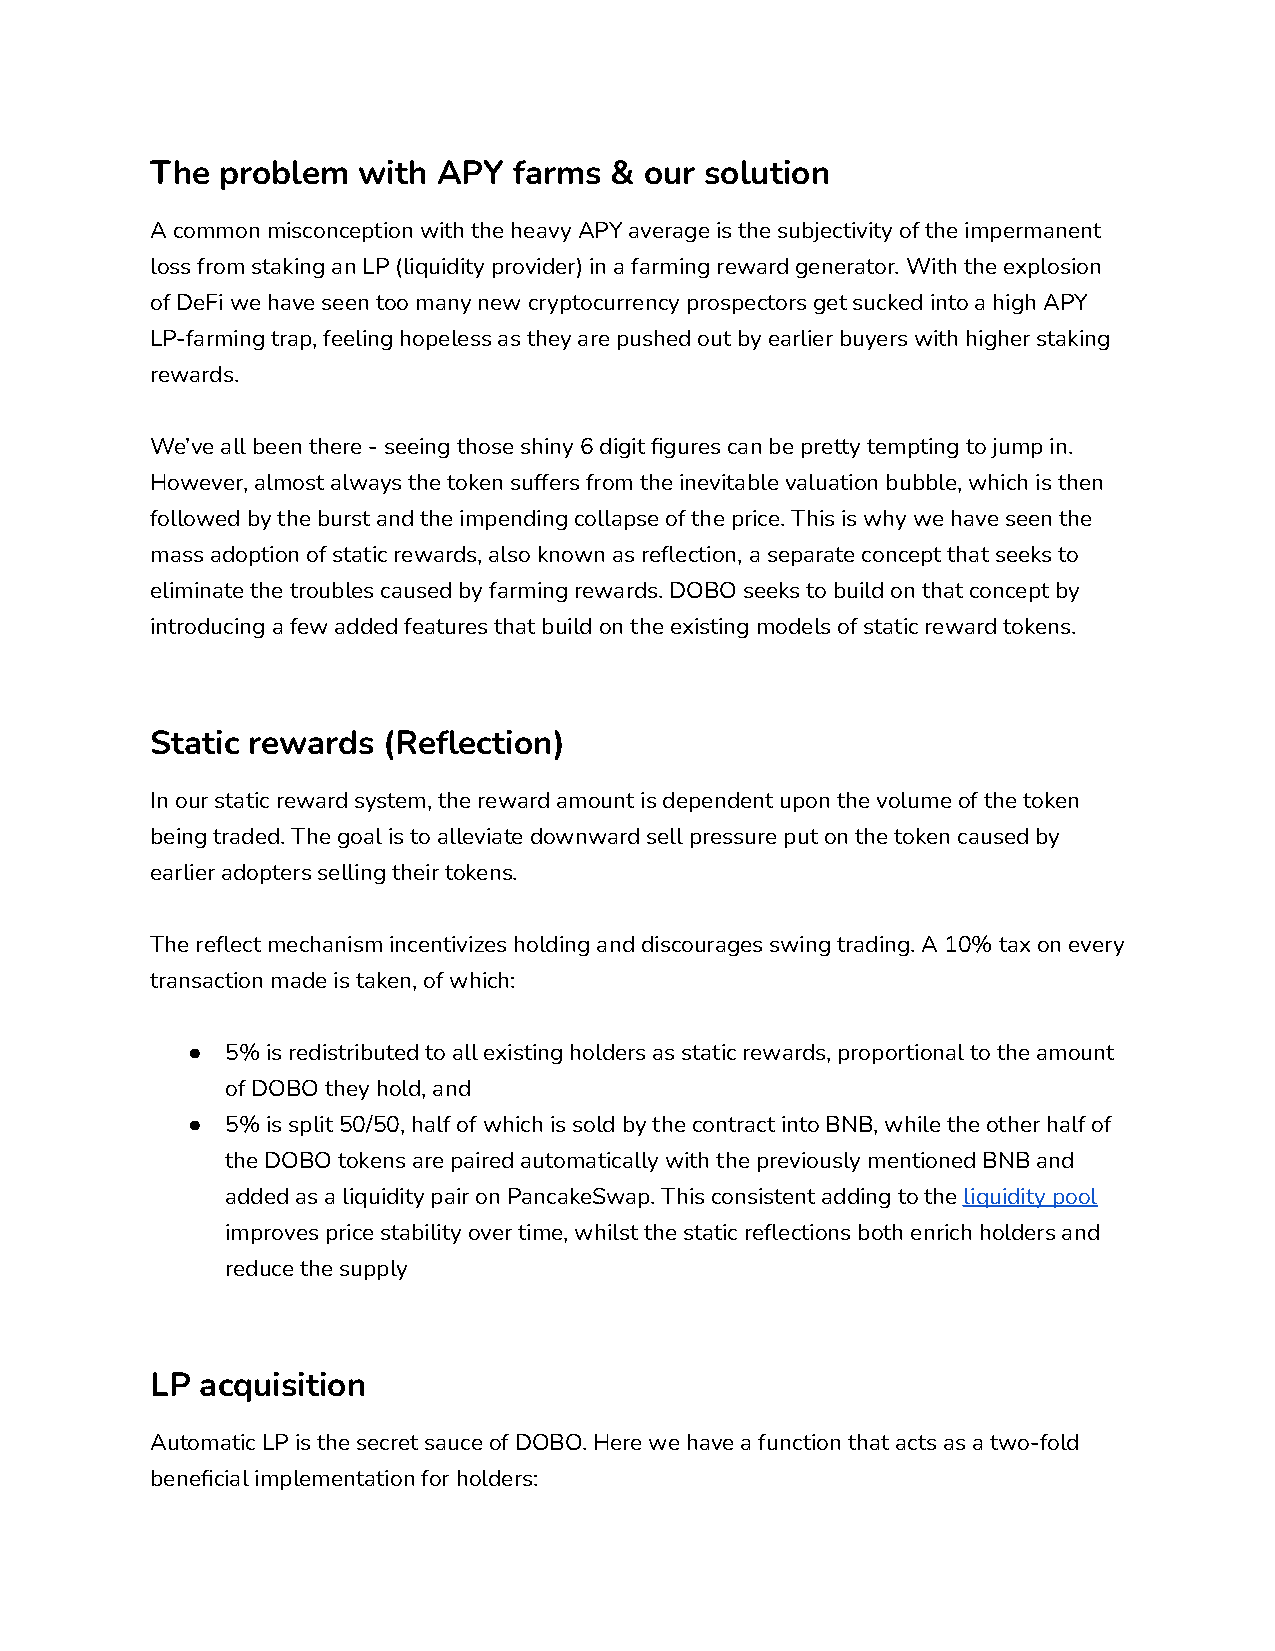
The  problem  with APY  farms &  our solution
 A common misconception with the heavy APY average is the subjectivity of the impermanent
 loss from staking an LP (liquidity provider) in a farming reward generator. With the explosion
 of DeFi we have seen too many new cryptocurrency prospectors get sucked into a high APY
 LP-farming trap, feeling hopeless as they are pushed out by earlier buyers with higher staking
 rewards.
 We’ve all been there - seeing those shiny 6 digit figures can be pretty tempting to jump in.
 However, almost always the token suffers from the inevitable valuation bubble, which is then
 followed by the burst and the impending collapse of the price. This is why we have seen the
 mass adoption of static rewards, also known as reflection, a separate concept that seeks to
 eliminate the troubles caused by farming rewards. DOBO seeks to build on that concept by
 introducing a few added features that build on the existing models of static reward tokens.
 Static rewards (Reflection)
 In our static reward system, the reward amount is dependent upon the volume of the token
 being traded. The goal is to alleviate downward sell pressure put on the token caused by
 earlier adopters selling their tokens.
 The reflect mechanism incentivizes holding and discourages swing trading. A 10% tax on every
 transaction made is taken, of which:
 ●  5% is redistributed to all existing holders as static rewards, proportional to the amount
 of DOBO they hold, and
 ●  5% is split 50/50, half of which is sold by the contract into BNB, while the other half of
 the DOBO tokens are paired automatically with the previously mentioned BNB and
 added as a liquidity pair on PancakeSwap. This consistent adding to theliquidity pool
 improves price stability over time, whilst the static reflections both enrich holders and
 reduce the supply
 LP acquisition
 Automatic LP is the secret sauce of DOBO. Here we have a function that acts as a two-fold
 beneficial implementation for holders: